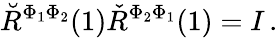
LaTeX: \breve{R}^{\Phi_{1}\Phi_{2}}(1)\check{R}^{\Phi_{2}\Phi_{1}}(1)=I\, .